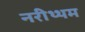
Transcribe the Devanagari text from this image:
नरीथ्थम